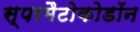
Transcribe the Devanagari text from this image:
स्परमैटोकोडॉन